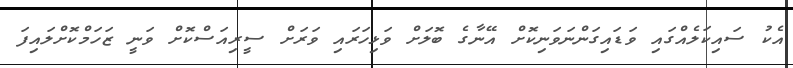
އެކު ސައިކަލެއްގައި ވަޑައިގަންނަވަނިކޮށް އޭނާގެ ބޮލަށް ވަޅިހަރައި ވަރަށް ސީރިއަސްކޮށް ވަނީ ޒަހަމްކޮށްލައިފަ